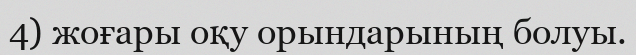
4) жоғары оқу орындарының болуы.